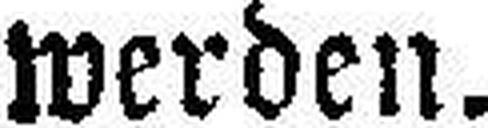
werden.